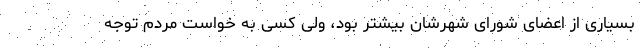
بسیاری از اعضای شورای شهرشان بیشتر بود، ولی کسی به خواست مردم توجه